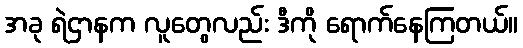
အခု ရဲဌာနက လူတွေလည်း ဒီကို ရောက်နေကြတယ်။